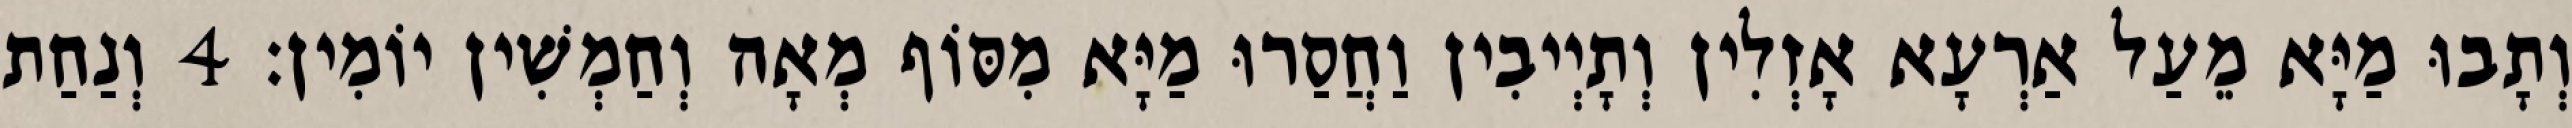
וְתָבוּ מַיָּא מֵעַל אַרְעָא אָזְלִין וְתָיְיבִין וַחֲסַרוּ מַיָּא מִסּוֹף מְאָה וְחַמְשִׁין יוֹמִין׃ 4 וְנַחַת